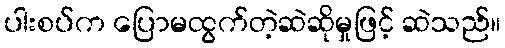
ပါးစပ်က ပြောမထွက်တဲ့ဆဲဆိုမှုဖြင့် ဆဲသည်။